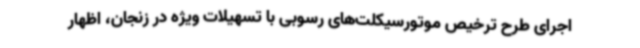
اجرای طرح ترخیص موتورسیکلت‌های رسوبی با تسهیلات ویژه در زنجان، اظهار